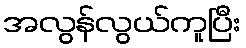
အလွန်လွယ်ကူပြီး